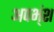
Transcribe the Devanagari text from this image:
अपभ्ंश